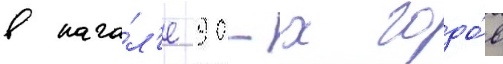
в нача́л'е 90-х годо́в